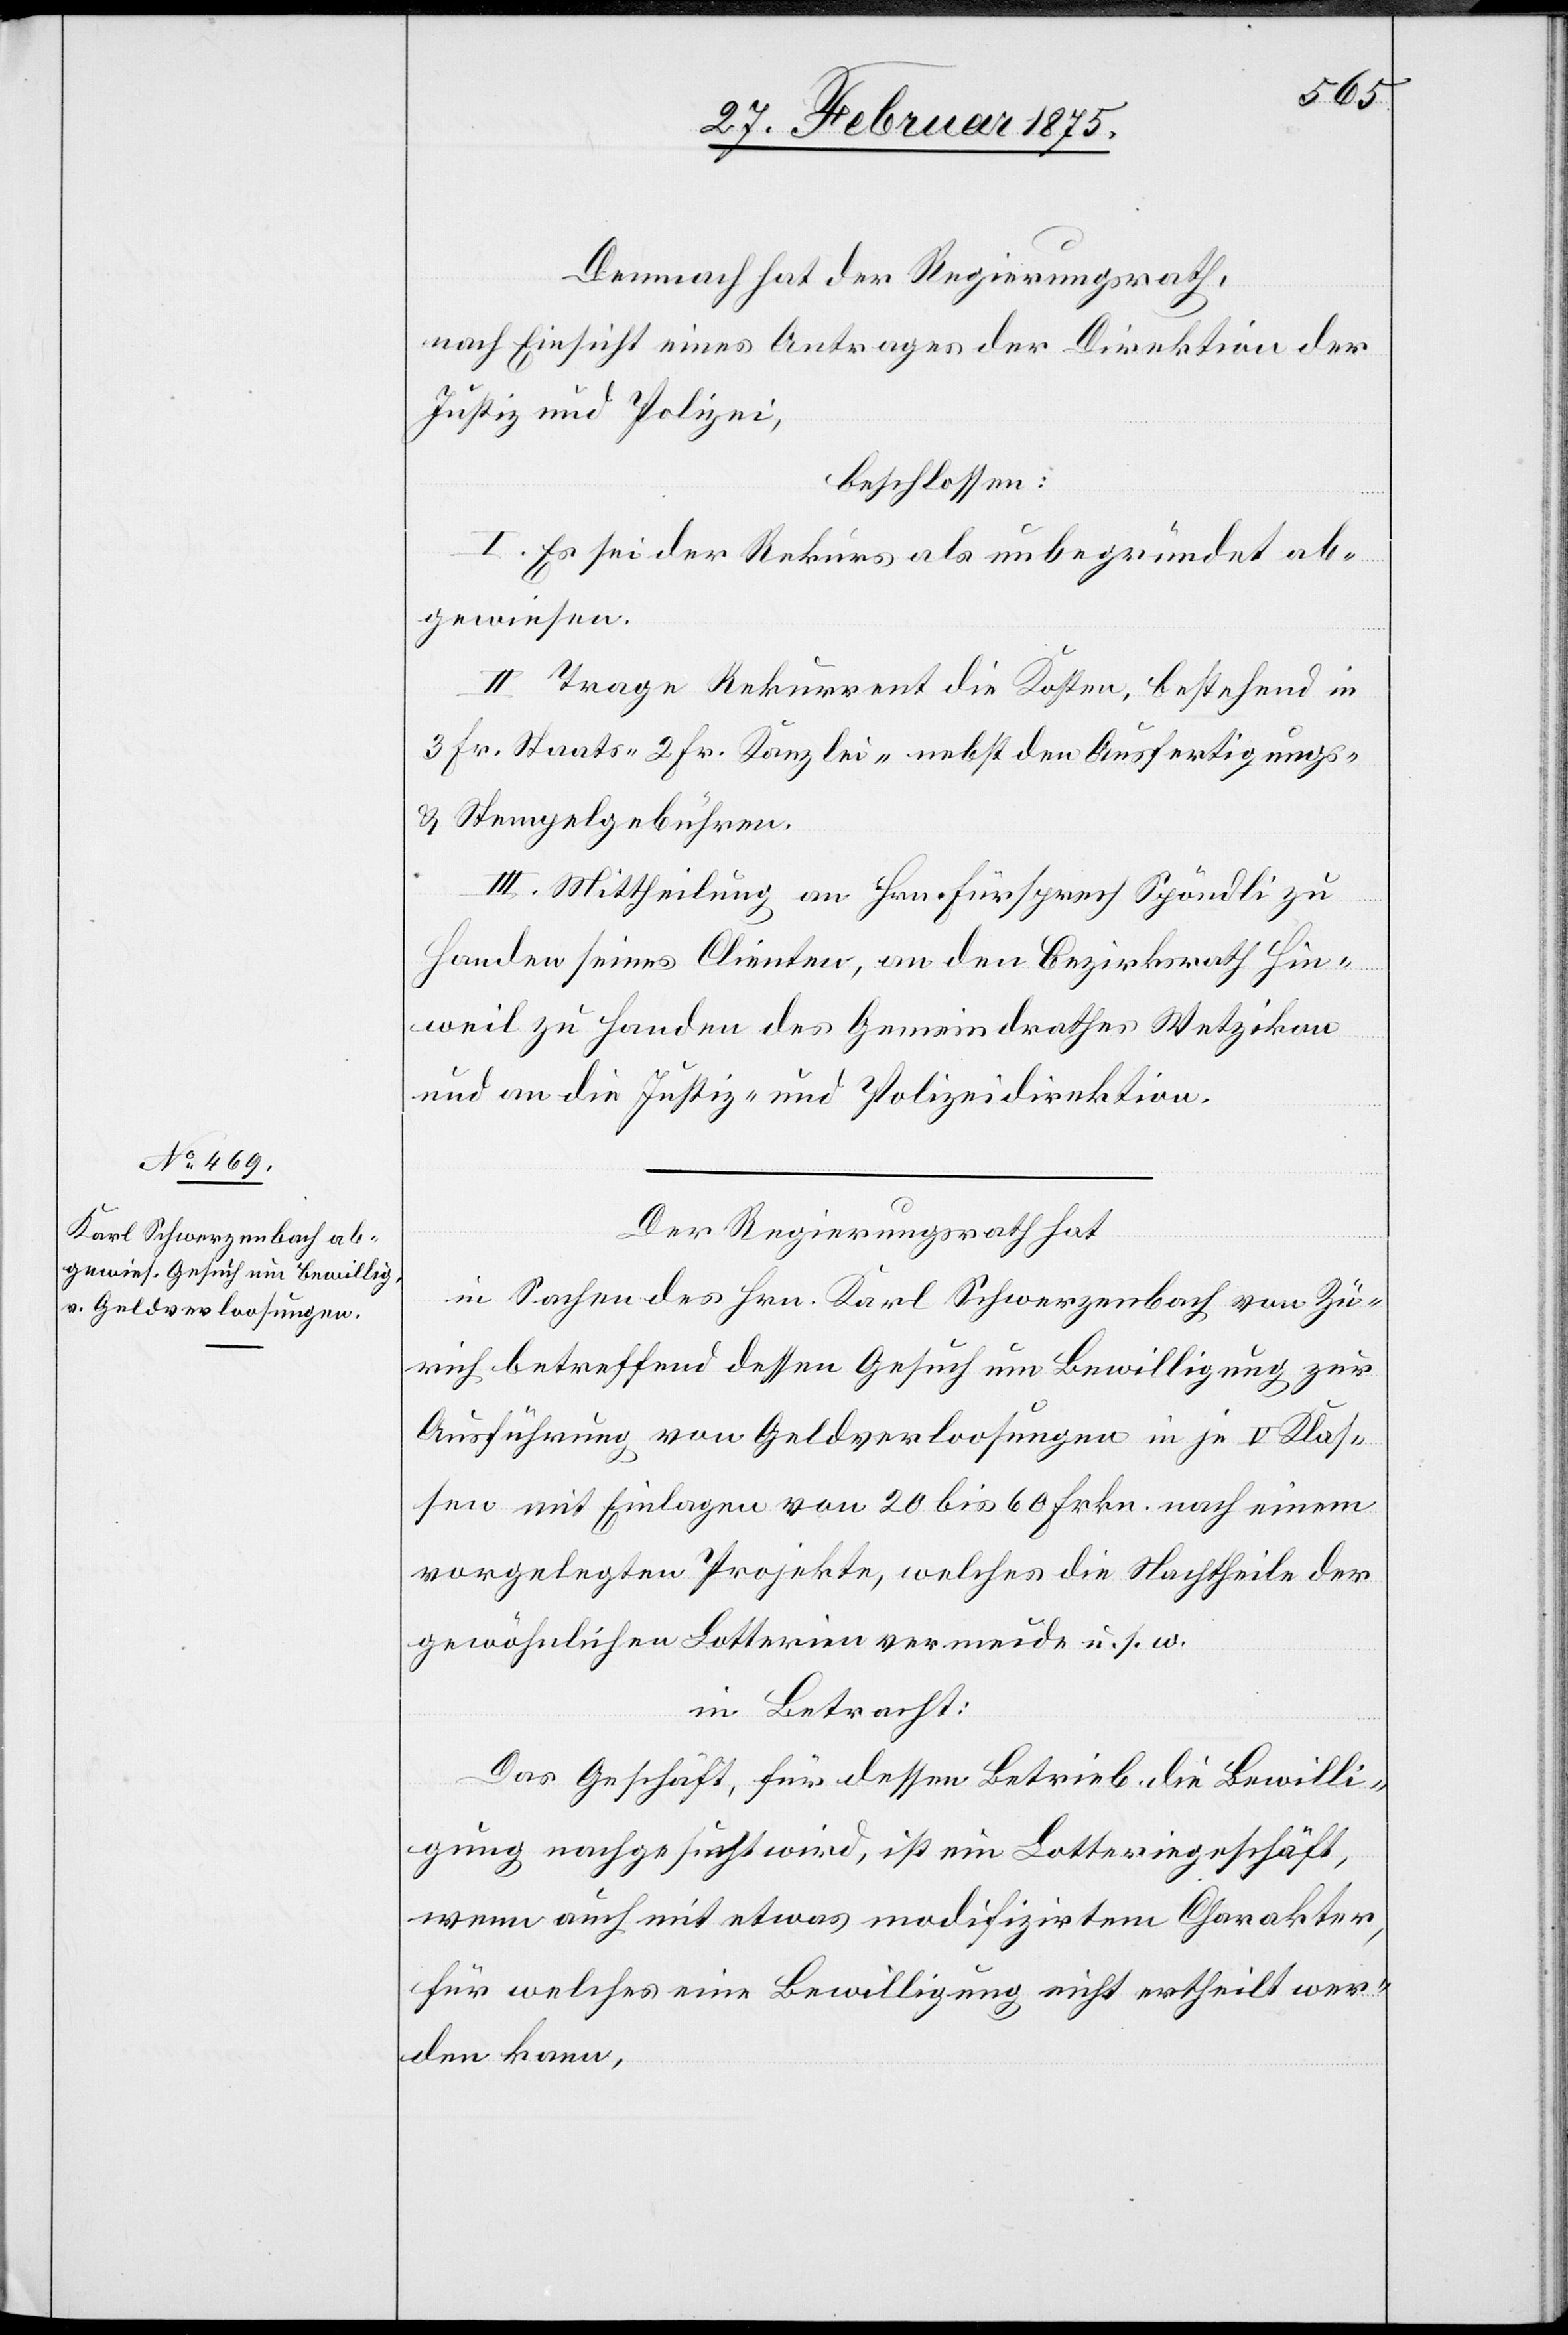
Demnach hat der Regierungsrath,
nach Einsicht eines Antrages der Direktion der
Justiz und Polizei,
beschlossen:
I. Es sei der Rekurs als unbegründet ab¬
gewiesen.
II. Trage Rekurrent die Kosten, bestehend in
3 Fr. Staats-[,] 2 Fr. Kanzlei-[,] nebst den Ausfertigungs-
u. Stempelgebühren.
III. Mittheilung an Hrn. Fürsprech Spöndli zu
Handen seines Clienten, an den Bezirksrath Hin¬
weil zu Handen des Gemeindrathes Wetzikon
und an die Justiz- und Polizeidirektion.
Der Regierungsrath hat,
in Sachen des Hrn. Karl Schwerzenbach von Zü¬
rich betreffend dessen Gesuch um Bewilligung zur
Ausführung von Geldverloosungen in je V Klas¬
sen mit Einlagen von 20 bis 60 Frkn. nach einem
vorgelegten Projekte, welches die Nachtheile der
gewöhnlichen Lotterien vermeide u. s. w.
in Betracht:
Das Geschäft, für dessen Betrieb die Bewilli¬
gung nachgesucht wird, ist ein Lotteriegeschäft,
wenn auch mit etwas modifzirtem Charakter,
für welches eine Bewilligung nicht ertheilt wer¬
den kann,